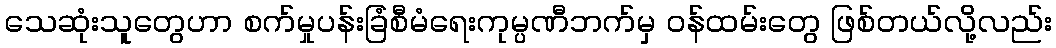
သေဆုံးသူတွေဟာ စက်မှုပန်းခြံစီမံရေးကုမ္ပဏီဘက်မှ ဝန်ထမ်းတွေ ဖြစ်တယ်လို့လည်း